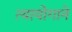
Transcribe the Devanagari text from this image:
त्यायोगाने